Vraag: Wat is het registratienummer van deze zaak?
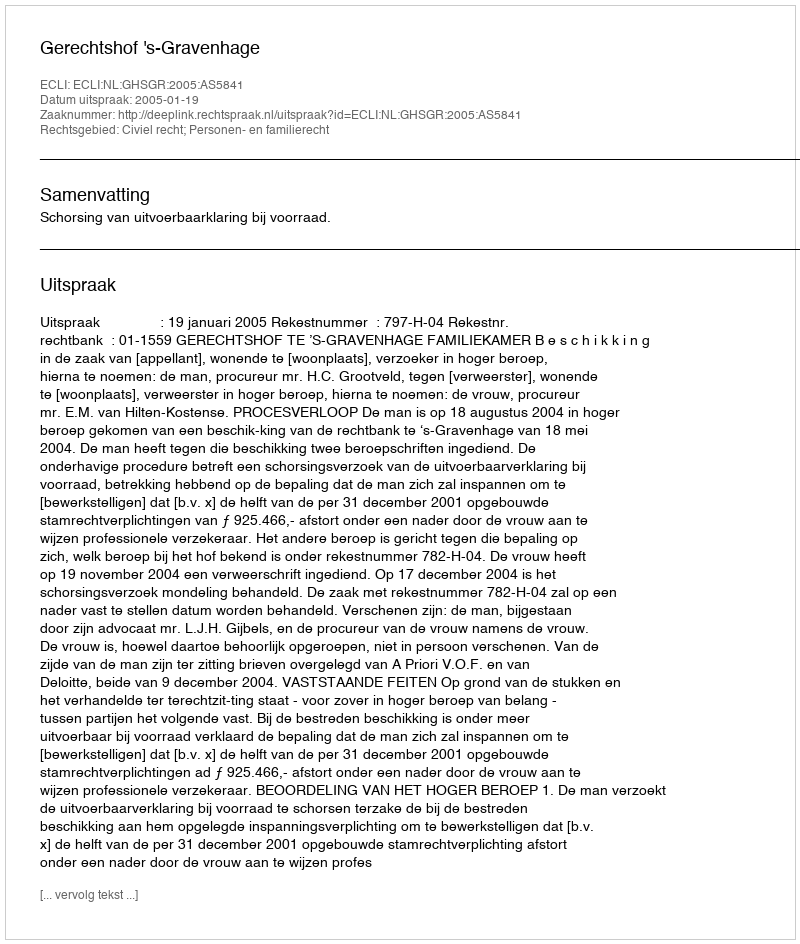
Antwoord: http://deeplink.rechtspraak.nl/uitspraak?id=ECLI:NL:GHSGR:2005:AS5841